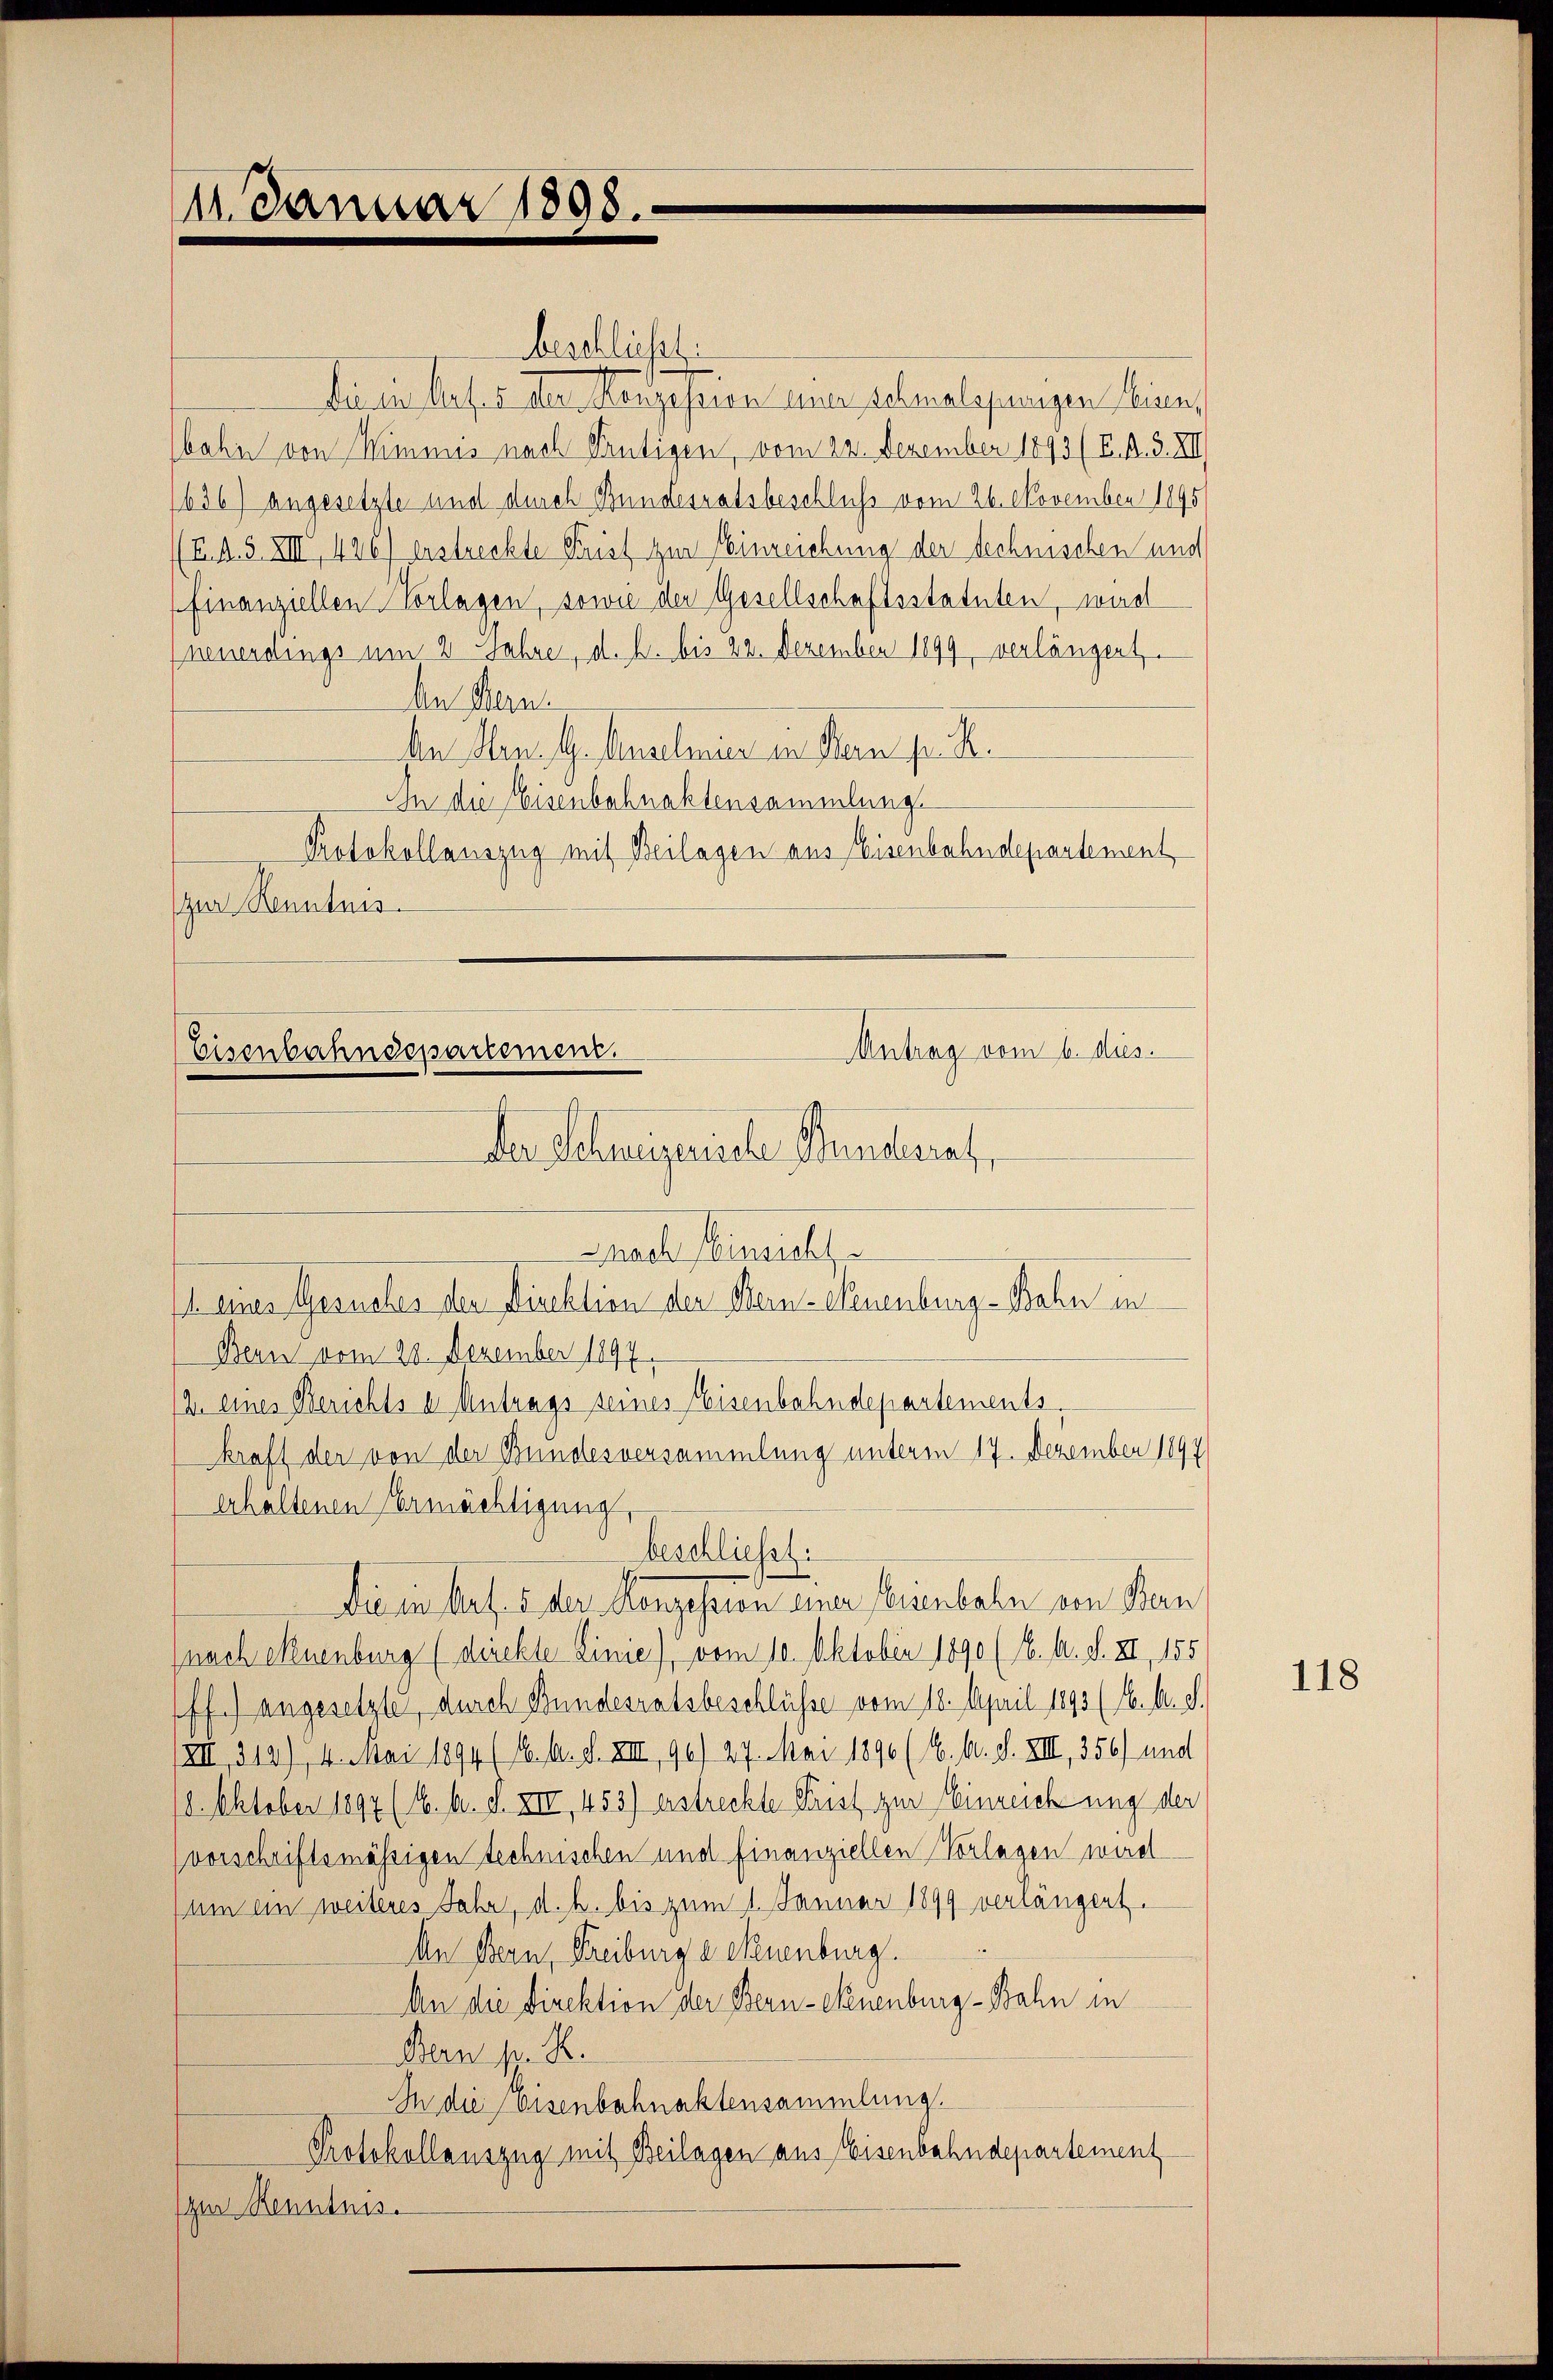
14. Januar 1898.

Antrag vom 6. dies.
Eisenbahndepartement.
der Schweizerische Wundesrat,

beschliesst:
Die eine Art. 5 der Konzession einer schmalspurigen einen,
bahn von Wimmis nach Peutigen, vom 22. Dezember 1893 (E. A. S. XII
1636) angesetzte und durch Bundesratsbeschluß vom 26. November 1895
(E. A. S. XIII 426) erstreckte Frist zur Einreichung der technischen und
finanziellen Vorlagen, sowie der Gesellschaftsstatuten, wird
neuerdings um 2 Jahre, d. h. bis 22. Dezember 1899, verlängert
An Hern.
An Hrn. G. Angeleier in Kan pr. R.
In die Eisenbahnaktensammlung
Protokollauszug mit Beilagen aus Eisenbahndepartement
zur Kenntnis.
Nach Einsicht
11. eines Gesuches der Direktion der Bern-Neuenburg-Bahn in
Bern vom 28. Dezember 1897.
2. eines Berichts u Antrags seines Eisenbahndepartements.
kraft der von der Bundesversammlung unterm 17. Dezember 1897
erhaltenen Ermächtigung,
beschliesst.
Die in Art. 5 der Konzesion einer Eisenbahn von Bern
nach euenburg (drückte Linie) vom 10. Oktober 1890 (16. A. d. II, 155
ff.) angesetzte, durch Bundesratsbeschlüsse vom 18. April 1893 (16. d. d.
XII, 214), 4. Mai 1894 (16. d. d. XIII, 96) 27. Mai 1896 (1. 6. d. VIII, 356) und
18. Oktober 1894 (4. A. S. XII, 453) erstreckte Parist zur Einreichung der
vorschriftsmässigen technischen und finanziellen Vorlagen wird
um ein weiteres Jahr, d. h. bis zum 1. Januar 1899 verlängert.
An Bern, Freiburg a euenburg.
An die Direktion der Bern-Neuenburg-Bahn in
Bern s. B.
In die Eisenbahnaktensammlung.
Protokollauszug mit Beilagen aus Eisenbahndepartement
zur Kenntnis.

118